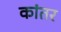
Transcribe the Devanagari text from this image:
कांतर